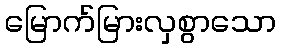
မြောက်မြားလှစွာသော